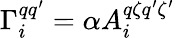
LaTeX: \Gamma_{i}^{qq^{\prime}}=\alpha A_{i}^{q\zeta q^{\prime}\zeta^{\prime}}